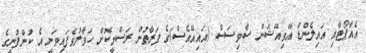
އެއާޕޯޓާއި އައިލެންޑް އޭވިއޭޝަން ސާވިސަސް (އައިއޭއެސް)ގެ ފަރާތުން ރަސްމީކޮށް ހަވާލުވެފައިވަނީ އެ ކުންފުނީގެ